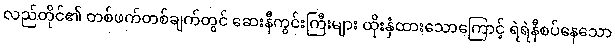
လည်တိုင်၏ တစ်ဖက်တစ်ချက်တွင် ဆေးနီကွင်းကြီးများ ထိုးနှံထားသောကြောင့် ရဲရဲနီစပ်နေသော